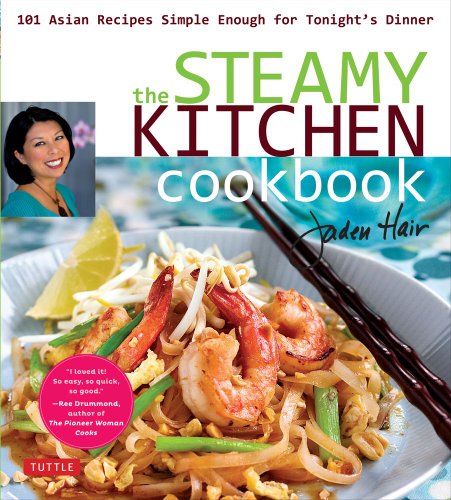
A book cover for Steamy Kitchen Cookbook: 101 Asian Recipes Simple Enough for Tonight's Dinner; Jaden Hair; Cookbooks, Food & Wine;